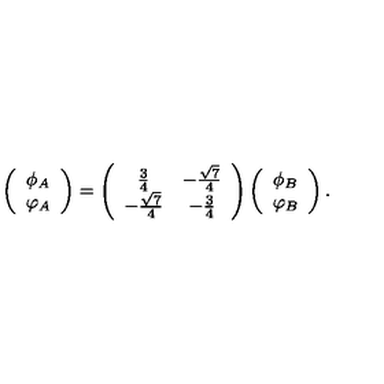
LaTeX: \left( \begin{array} { c } { \phi _ { A } } \\ { \varphi _ { A } } \\ \end{array} \right) = \left( \begin{array} { c c } { \frac { 3 } { 4 } } & { - \frac { \sqrt { 7 } } { 4 } } \\ { - \frac { \sqrt { 7 } } { 4 } } & { - \frac { 3 } { 4 } } \\ \end{array} \right) \left( \begin{array} { c } { \phi _ { B } } \\ { \varphi _ { B } } \\ \end{array} \right) .